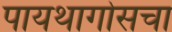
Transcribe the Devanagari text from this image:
पायथागोसचा